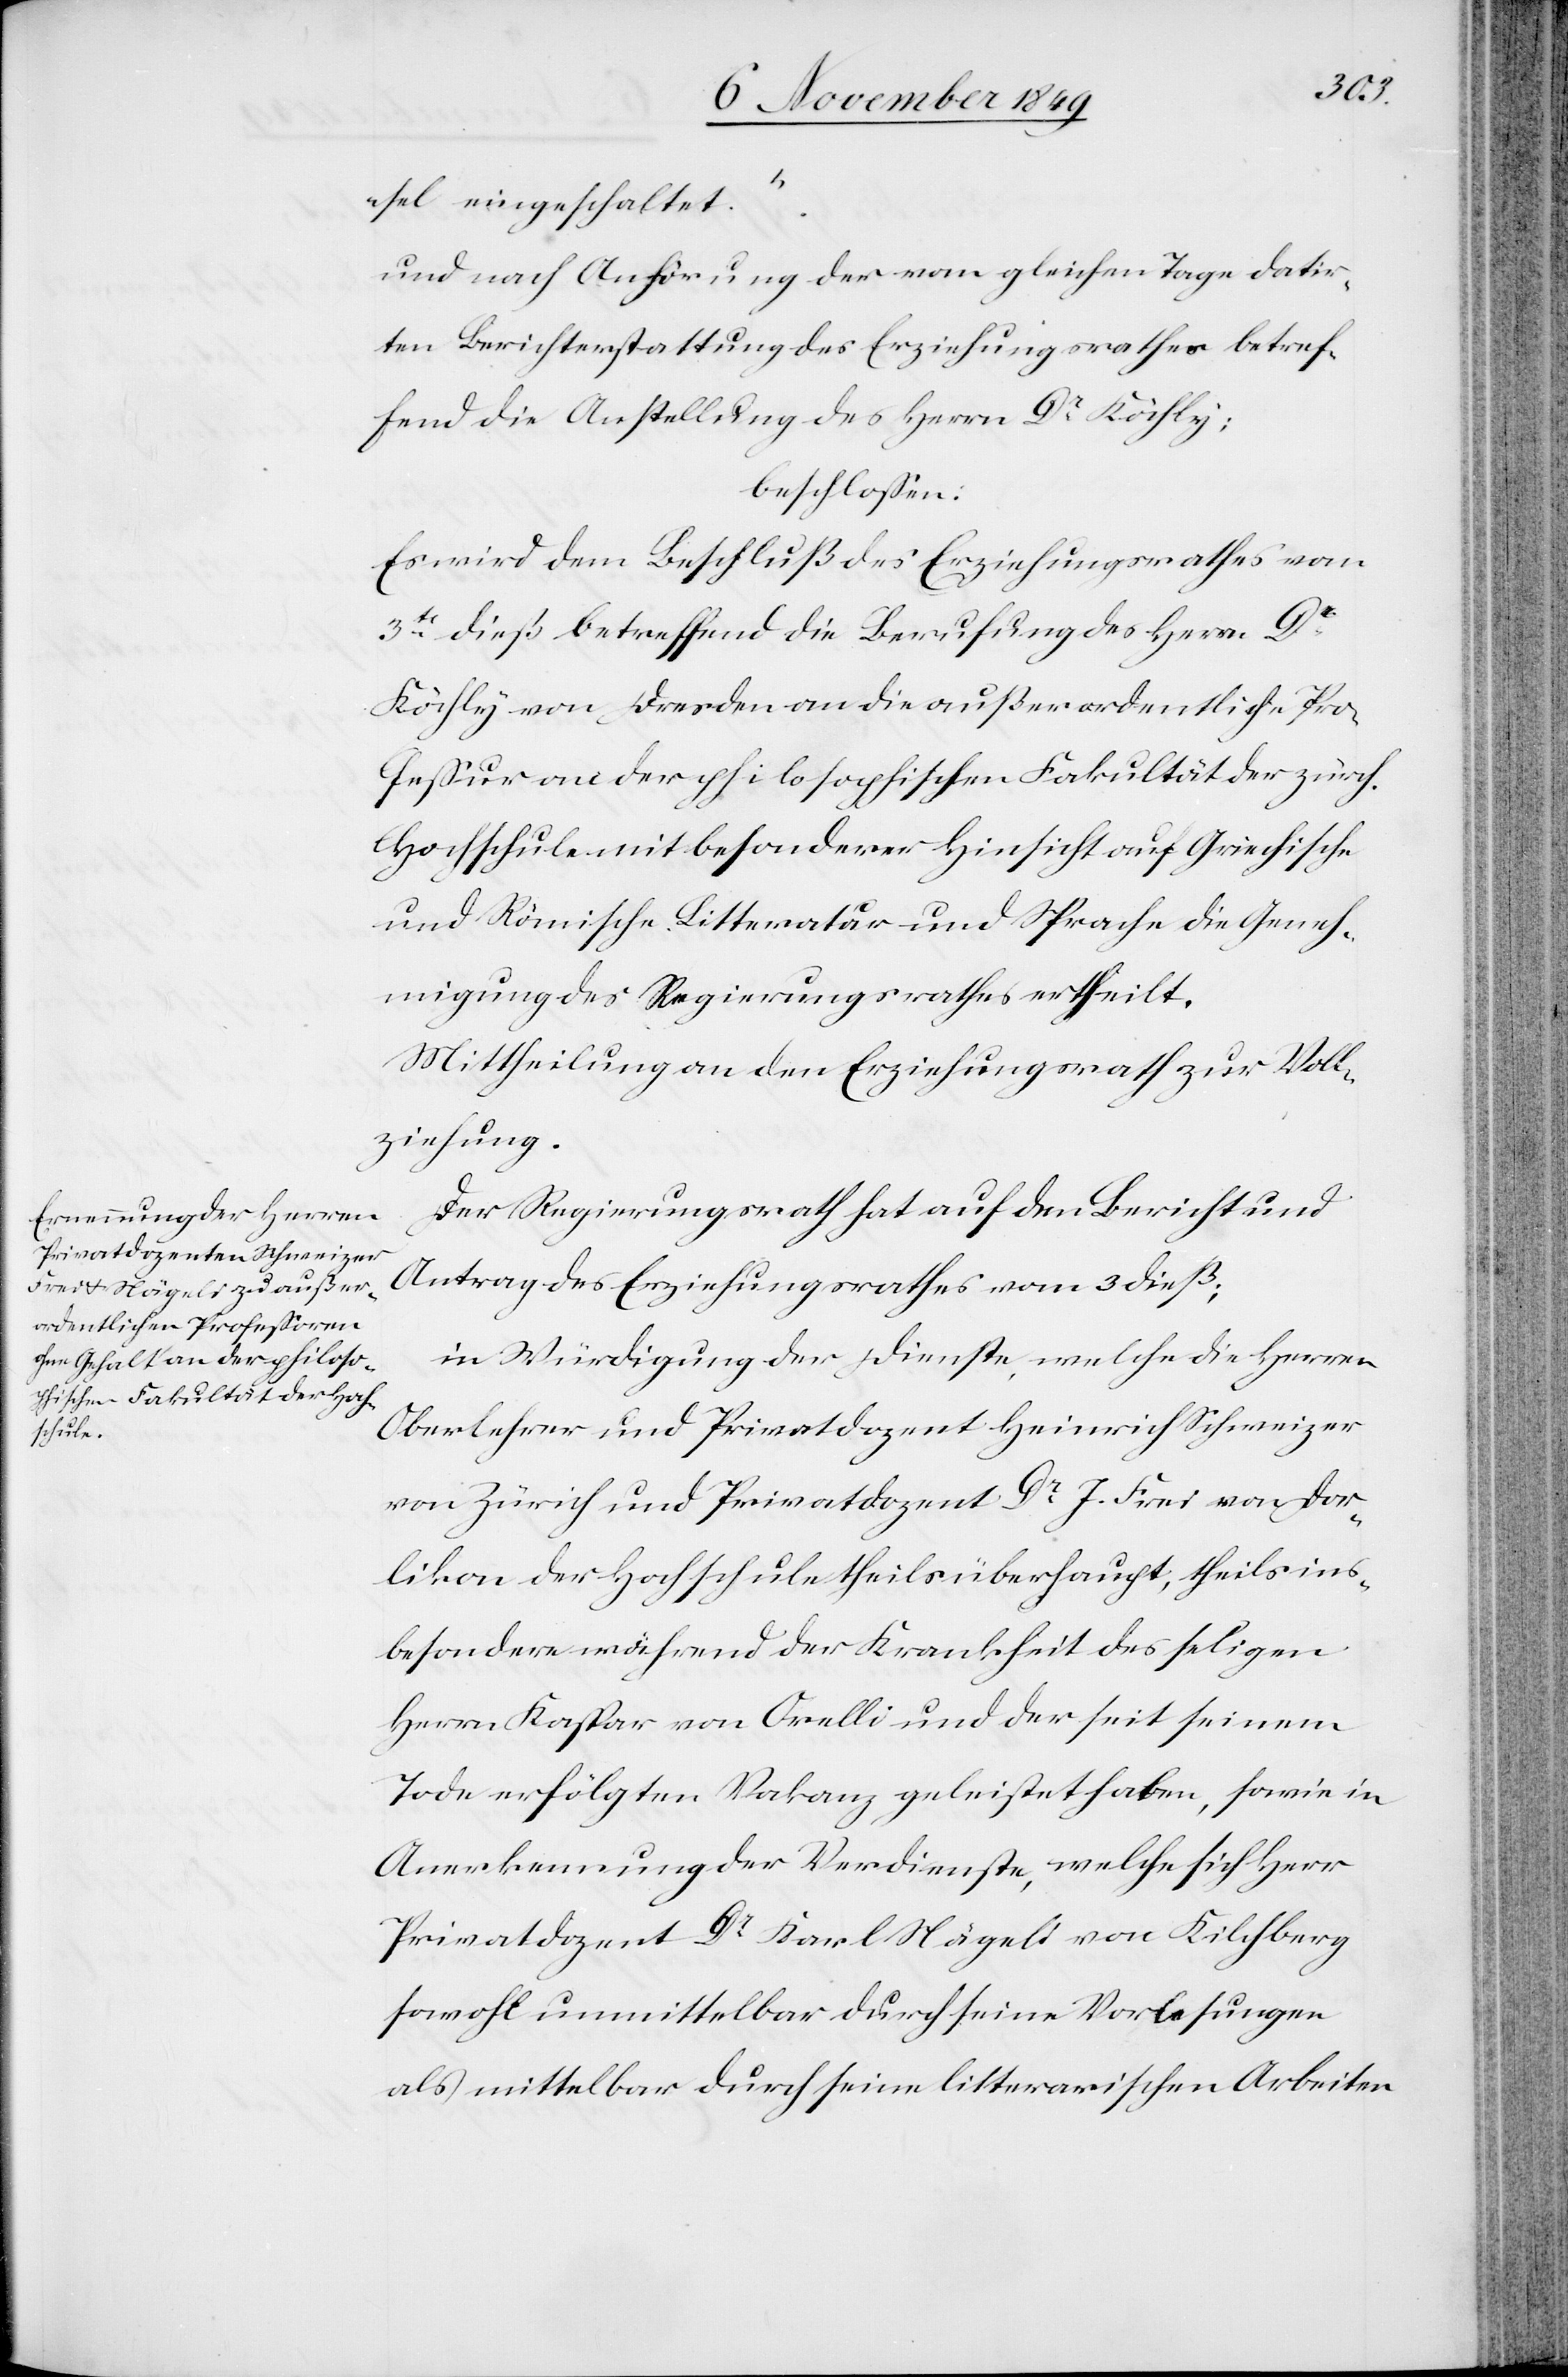
sel eingeschaltet.“
und nach Anhörung der vom gleichen Tage datir¬
ten Berichterstattung des Erziehungsrathes betref¬
fend die Anstellung des Herrn Dr Köchly:
beschloßen:
Es wird dem Beschluß des Erziehungsrathes vom
3t dieß betreffend die Berufung des Herrn Dr
Köchly von Dresden an die außerordentliche Pro¬
feßur an der philosophischen Fakultät der zürch.
Hochschule mit besonderer Hinsicht auf Griechische
und Römische Litteratur und Sprache die Geneh¬
migung des Regierungsrathes ertheilt.
Mittheilung an den Erziehungsrath zur Voll¬
ziehung.
Der Regierungsrath hat auf den Bericht und
Antrag des Erziehungsrathes vom 3 dieß;
in Würdigung der Dienste, welche die Herren
Oberlehrer und Privatdozent Heinrich Schweizer
von Zürich und Privatdozent Dr J. Frei von Dor¬
likon der Hochschule theils überhaupt, theils ins¬
besondere während der Krankheit des seligen
Herrn Kaspar von Orelli und der seit seinem
Tode erfölgten [sic!] Vakanz geleistet haben, sowie in
Anerkennung der Verdienste, welche sich Herr
Privatdozent Dr Karl Nägeli von Kilchberg
sowohl unmittelbar durch seine Vorlesungen
als mittelbar durch seine litterarischen Arbeiten